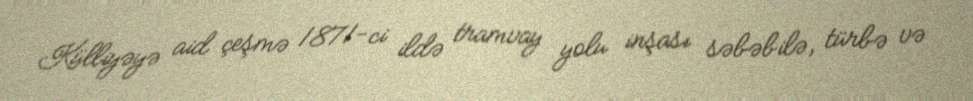
Külliyəyə aid çeşmə 1871-ci ildə tramvay yolu inşası səbəbilə, türbə və